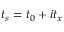
t _ { s } = t _ { 0 } + i t _ { x }